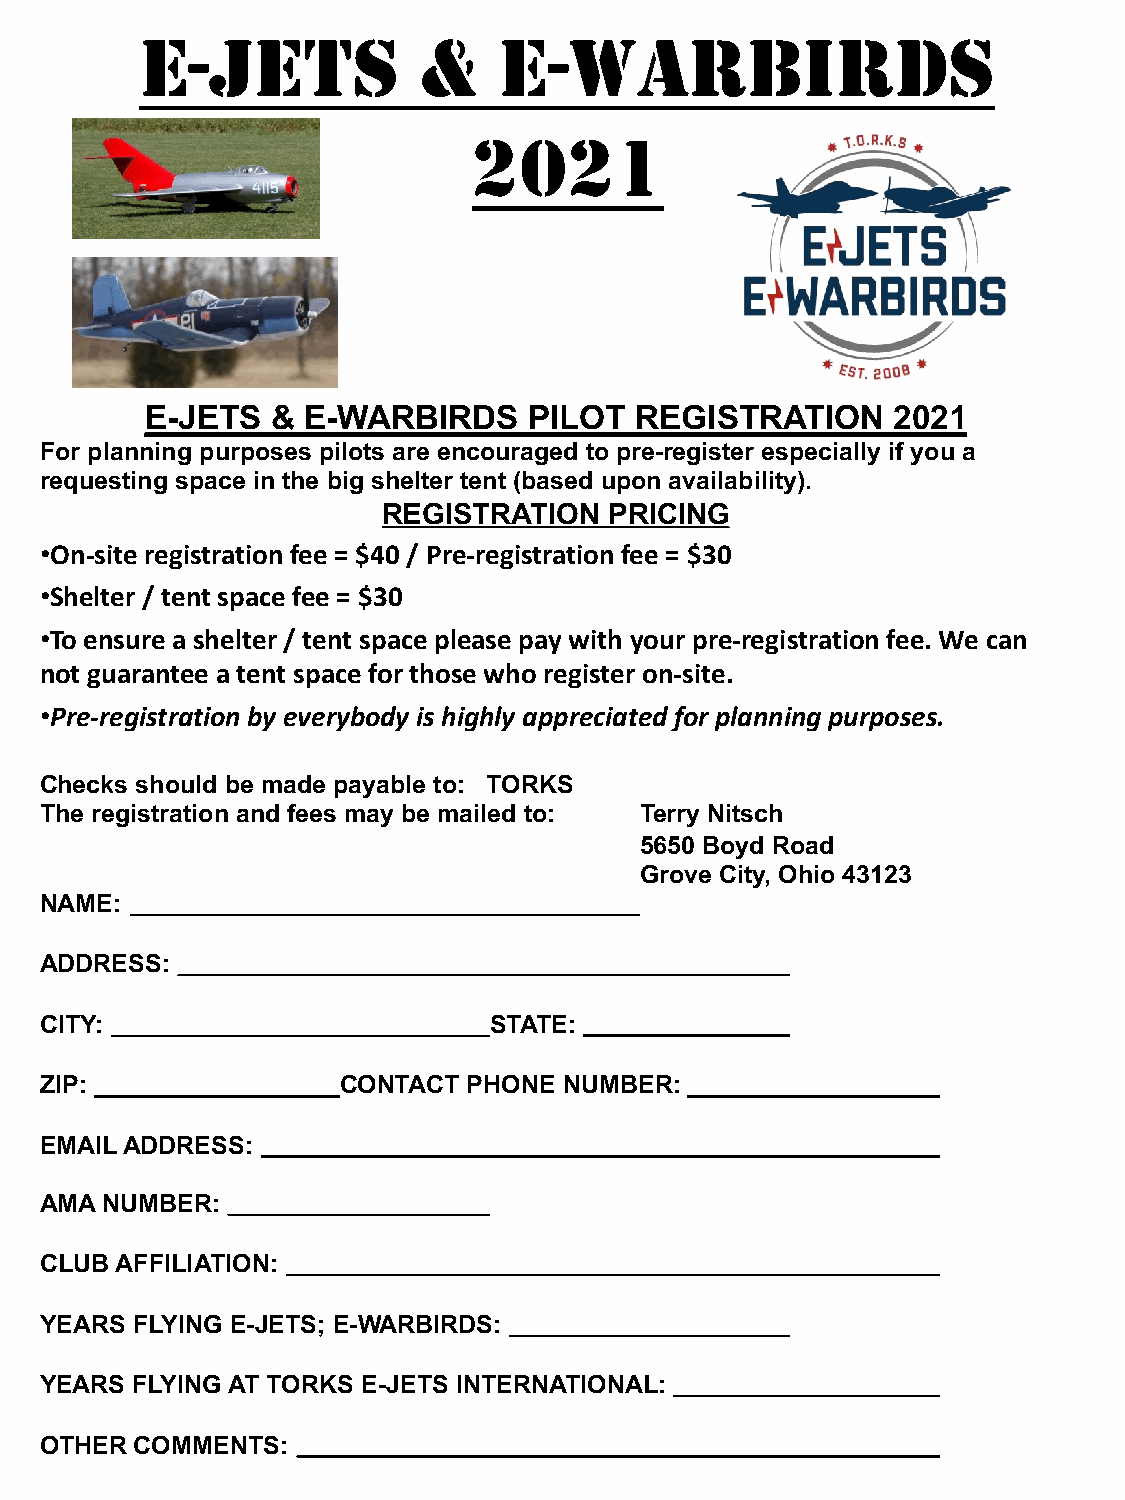
E-JETS             &    E-WARBIRDS
 2021
 E-JETS  & E-WARBIRDS     PILOT  REGISTRATION     2021
 For planning purposes pilots are encouraged to pre-register especially if you a
 requesting space in the big shelter tent (based upon availability).
 REGISTRATION   PRICING
 •On-site registration fee = $40 / Pre-registration fee = $30
 •Shelter / tent space fee = $30
 •To ensure a shelter / tent space please pay with your pre-registration fee. We can
 not guarantee a tent space for those who register on-site.
 •Pre-registration by everybody is highly appreciated for planning purposes.
 Checks should be made payable to: TORKS
 The registration and fees may be mailed to: Terry Nitsch
 5650 Boyd Road
 Grove City, Ohio 43123
 NAME:
 ADDRESS:
 CITY:                        STATE:
 ZIP:                CONTACT PHONE NUMBER:
 EMAIL ADDRESS:
 AMA NUMBER:
 CLUB AFFILIATION:
 YEARS FLYING E-JETS; E-WARBIRDS:
 YEARS FLYING AT TORKS E-JETS INTERNATIONAL:
 OTHER COMMENTS: